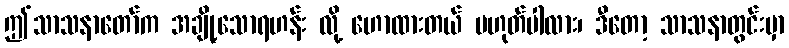
ဤသာသနာတော်က အချို့သောရဟန်း လို့ ဟောထားတယ် မဟုတ်ပါလား၊ ဒီတော့ သာသနာတွင်းမှာ